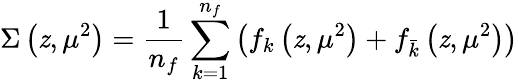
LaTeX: \Sigma\left(\mathit{z},\mu^{2}\right)=\frac{{1}}{{n_{f}}}\sum_{k=1}^{n_{f}}\left(f_{k}\left(\mathit{z},\mu^{2}\right)+f_{\bar{{k}}}\left(\mathit{z},\mu^{2}\right)\right)